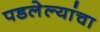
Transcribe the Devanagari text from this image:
पडलेल्यांचा